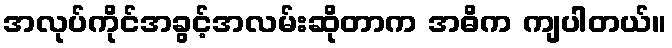
အလုပ်ကိုင်အခွင့်အလမ်းဆိုတာက အဓိက ကျပါတယ်။